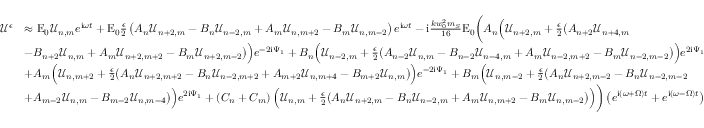
\begin{array} { r l } { \mathcal { U } ^ { \epsilon } } & { \approx \mathrm { E } _ { 0 } \mathcal { U } _ { n , m } e ^ { \mathrm { i } \omega t } + \mathrm { E } _ { 0 } \frac { \epsilon } { 2 } \left( A _ { n } \mathcal { U } _ { n + 2 , m } - B _ { n } \mathcal { U } _ { n - 2 , m } + A _ { m } \mathcal { U } _ { n , m + 2 } - B _ { m } \mathcal { U } _ { n , m - 2 } \right) e ^ { \mathrm { i } \omega t } - \mathrm { i } \frac { k w _ { 0 } ^ { 2 } m _ { S } } { 1 6 } \mathrm { E } _ { 0 } \bigg ( A _ { n } \Big ( \mathcal { U } _ { n + 2 , m } + \frac { \epsilon } { 2 } \big ( A _ { n + 2 } \mathcal { U } _ { n + 4 , m } } \\ & { - B _ { n + 2 } \mathcal { U } _ { n , m } + A _ { m } \mathcal { U } _ { n + 2 , m + 2 } - B _ { m } \mathcal { U } _ { n + 2 , m - 2 } \big ) \Big ) e ^ { - 2 \mathrm { i } \Psi _ { 1 } } + B _ { n } \Big ( \mathcal { U } _ { n - 2 , m } + \frac { \epsilon } { 2 } \big ( A _ { n - 2 } \mathcal { U } _ { n , m } - B _ { n - 2 } \mathcal { U } _ { n - 4 , m } + A _ { m } \mathcal { U } _ { n - 2 , m + 2 } - B _ { m } \mathcal { U } _ { n - 2 , m - 2 } \big ) \Big ) e ^ { 2 \mathrm { i } \Psi _ { 1 } } } \\ & { + A _ { m } \Big ( \mathcal { U } _ { n , m + 2 } + \frac { \epsilon } { 2 } \big ( A _ { n } \mathcal { U } _ { n + 2 , m + 2 } - B _ { n } \mathcal { U } _ { n - 2 , m + 2 } + A _ { m + 2 } \mathcal { U } _ { n , m + 4 } - B _ { m + 2 } \mathcal { U } _ { n , m } \big ) \Big ) e ^ { - 2 \mathrm { i } \Psi _ { 1 } } + B _ { m } \Big ( \mathcal { U } _ { n , m - 2 } + \frac { \epsilon } { 2 } \big ( A _ { n } \mathcal { U } _ { n + 2 , m - 2 } - B _ { n } \mathcal { U } _ { n - 2 , m - 2 } } \\ & { + A _ { m - 2 } \mathcal { U } _ { n , m } - B _ { m - 2 } \mathcal { U } _ { n , m - 4 } \big ) \Big ) e ^ { 2 \mathrm { i } \Psi _ { 1 } } + \left( C _ { n } + C _ { m } \right) \Big ( \mathcal { U } _ { n , m } + \frac { \epsilon } { 2 } \big ( A _ { n } \mathcal { U } _ { n + 2 , m } - B _ { n } \mathcal { U } _ { n - 2 , m } + A _ { m } \mathcal { U } _ { n , m + 2 } - B _ { m } \mathcal { U } _ { n , m - 2 } \big ) \Big ) \bigg ) \left( e ^ { \mathrm { i } ( \omega + \Omega ) t } + e ^ { \mathrm { i } ( \omega - \Omega ) t } \right) } \end{array}